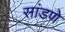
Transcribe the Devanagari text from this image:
सांडणे